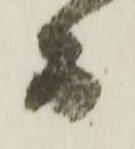
而